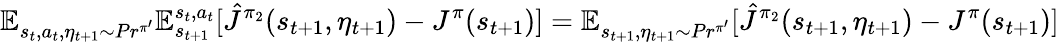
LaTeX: \mathbb{E}_{s_{t},a_{t},\eta_{t+1}\sim Pr^{\pi^{\prime}}}\mathbb{E}_{s_{t+1}}^{s_{t},a_{t}}[\hat{J}^{\pi_{2}}(s_{t+1},\eta_{t+1})-J^{\pi}(s_{t+1})]=\mathbb{E}_{s_{t+1},\eta_{t+1}\sim Pr^{\pi^{\prime}}}[\hat{J}^{\pi_{2}}(s_{t+1},\eta_{t+1})-J^{\pi}(s_{t+1})]